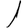
Digit: 1